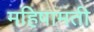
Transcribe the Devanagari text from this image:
महिषामती